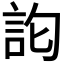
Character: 𮗽